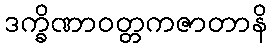
ဒက္ခိဏာဝတ္တကဇာတာနိ